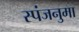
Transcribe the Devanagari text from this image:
स्पंजनुमा